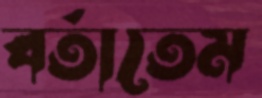
বর্তাতেম